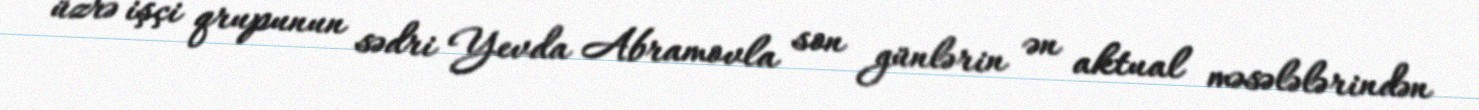
üzrə işçi qrupunun sədri Yevda Abramovla son günlərin ən aktual məsələlərindən